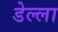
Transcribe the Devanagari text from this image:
डेल्ला